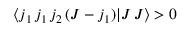
\langle j _ { 1 } \, j _ { 1 } \, j _ { 2 } \, ( J - j _ { 1 } ) | J \, J \rangle > 0